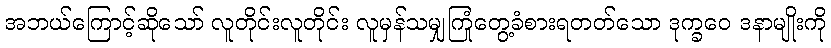
အဘယ်ကြောင့်ဆိုသော် လူတိုင်းလူတိုင်း လူမှန်သမျှကြုံတွေ့ခံစားရတတ်သော ဒုက္ခဝေ ဒနာမျိုးကို